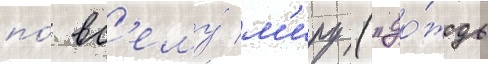
по́ вс'ему́ м'иру ("до́ждь